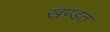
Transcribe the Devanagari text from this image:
खण्डत